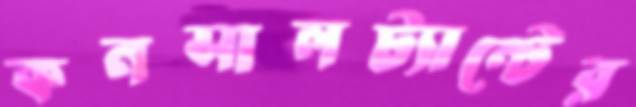
কনসালট্যান্টের